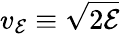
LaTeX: v_{\cal E}\equiv\sqrt{2{\cal E}}